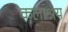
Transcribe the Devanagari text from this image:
कलाश्रय